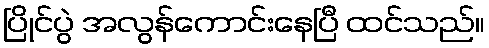
ပြိုင်ပွဲ အလွန်ကောင်းနေပြီ ထင်သည်။